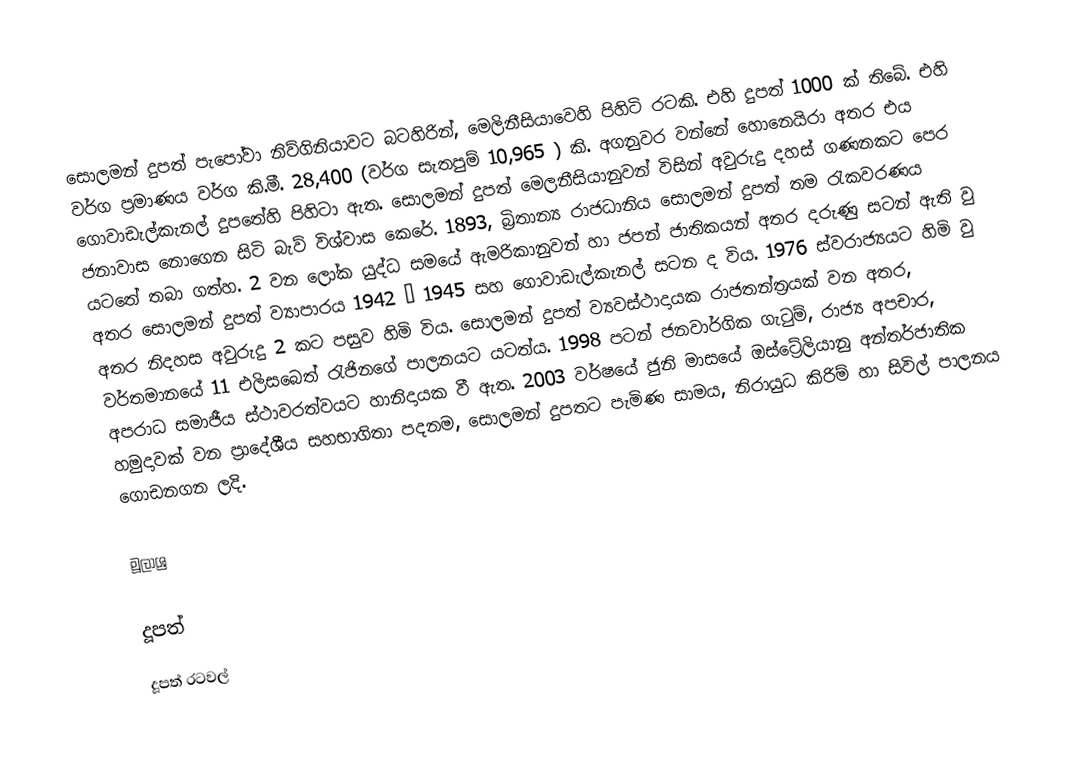
සොලමන් දුපත් පැපෝවා නිව්ගිනියාවට බටහිරින්, මෙලිනීසියාවෙහි පිහිටි රටකි. එහි දුපත් 1000 ක් තිබේ. එහි වර්ග ප්‍රමාණය වර්ග කි.මී. 28,400 (වර්ග සැතපුම් 10,965 ) කි. අගනුවර වන්නේ හොනෙයිරා අතර එය ගොවාඩැල්කැනල් දුපතේහි පිහිටා ඇත. සොලමන් දුපත් මෙලනීසියානුවන් විසින් අවුරුදු දහස් ගණනකට පෙර ජනාවාස නොගෙන සිටි බැව් විශ්වාස කෙරේ. 1893, බ්‍රිතාන්‍ය රාජධානිය ‍සොලමන් දුපත් තම රැකවරණය යටතේ තබා ගත්හ. 2 වන ලෝක යුද්ධ සමයේ ඇමරිකානුවන් හා ජපන් ජාතිකයන් අතර දරුණු සටන් ඇති වු අතර සොලමන් දුපත් ව්‍යාපාරය 1942 – 1945 සහ ගොවාඩැල්කැනල් සටන ද විය. 1976 ස්වරාජ්‍යයට හිමි වු අතර නිදහස අවුරුදු 2 කට පසුව හිමි විය. සොලමන් දුපත් ව්‍යවස්ථාදායක රාජතන්ත්‍රයක් වන අතර, වර්තමානයේ 11 එලිසබෙත් රැජිනගේ පාලනයට යටත්ය. 1998 පටන් ජනවාර්ගික ගැටුම්, රාජ්‍ය අපචාර, අපරාධ සමාජීය ස්ථාවරත්වයට හානිදායක වී ඇත. 2003 වර්ෂයේ ජුනි මාසයේ ඔස්ට්‍රේලියානු අන්තර්ජාතික හමුදාවක් වන ප්‍රාදේශීය සහභාගිතා පදනම, සොලමන් දුපතට පැමිණ සාමය, නිරායුධ කිරිම් හා සිවිල් පාලනය ගොඩනගන ලදි.

මූලාශ්‍ර

දූපත්
දූපත් රටවල්